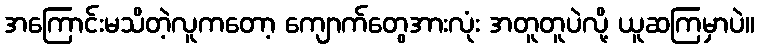
အကြောင်းမသိတဲ့လူကတော့ ကျောက်တွေအားလုံး အတူတူပဲလို့ ယူဆကြမှာပဲ။